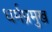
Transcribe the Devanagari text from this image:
धर्मप्रमुख